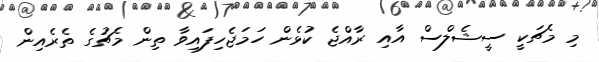
މި މެޗަކީ ސީޝެލްސް އާއި ރާއްޖެ ކުޅެން ހަމަޖެހިފައިވާ ތިން މެޗުގެ ތެރެއިން